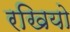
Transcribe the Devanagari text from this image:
रखियो